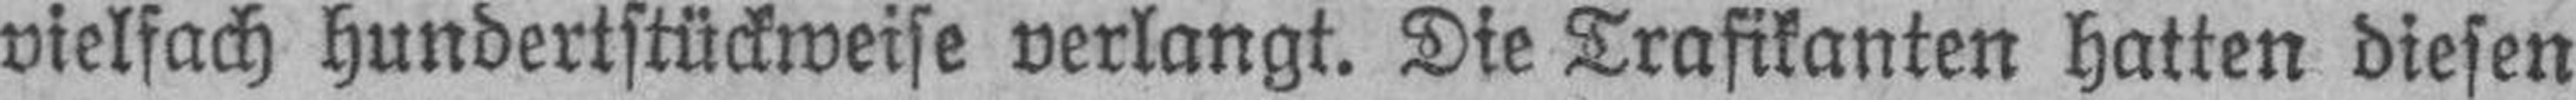
vielfach hundertstückweise verlangt. Die Trafikanten hatten diesen